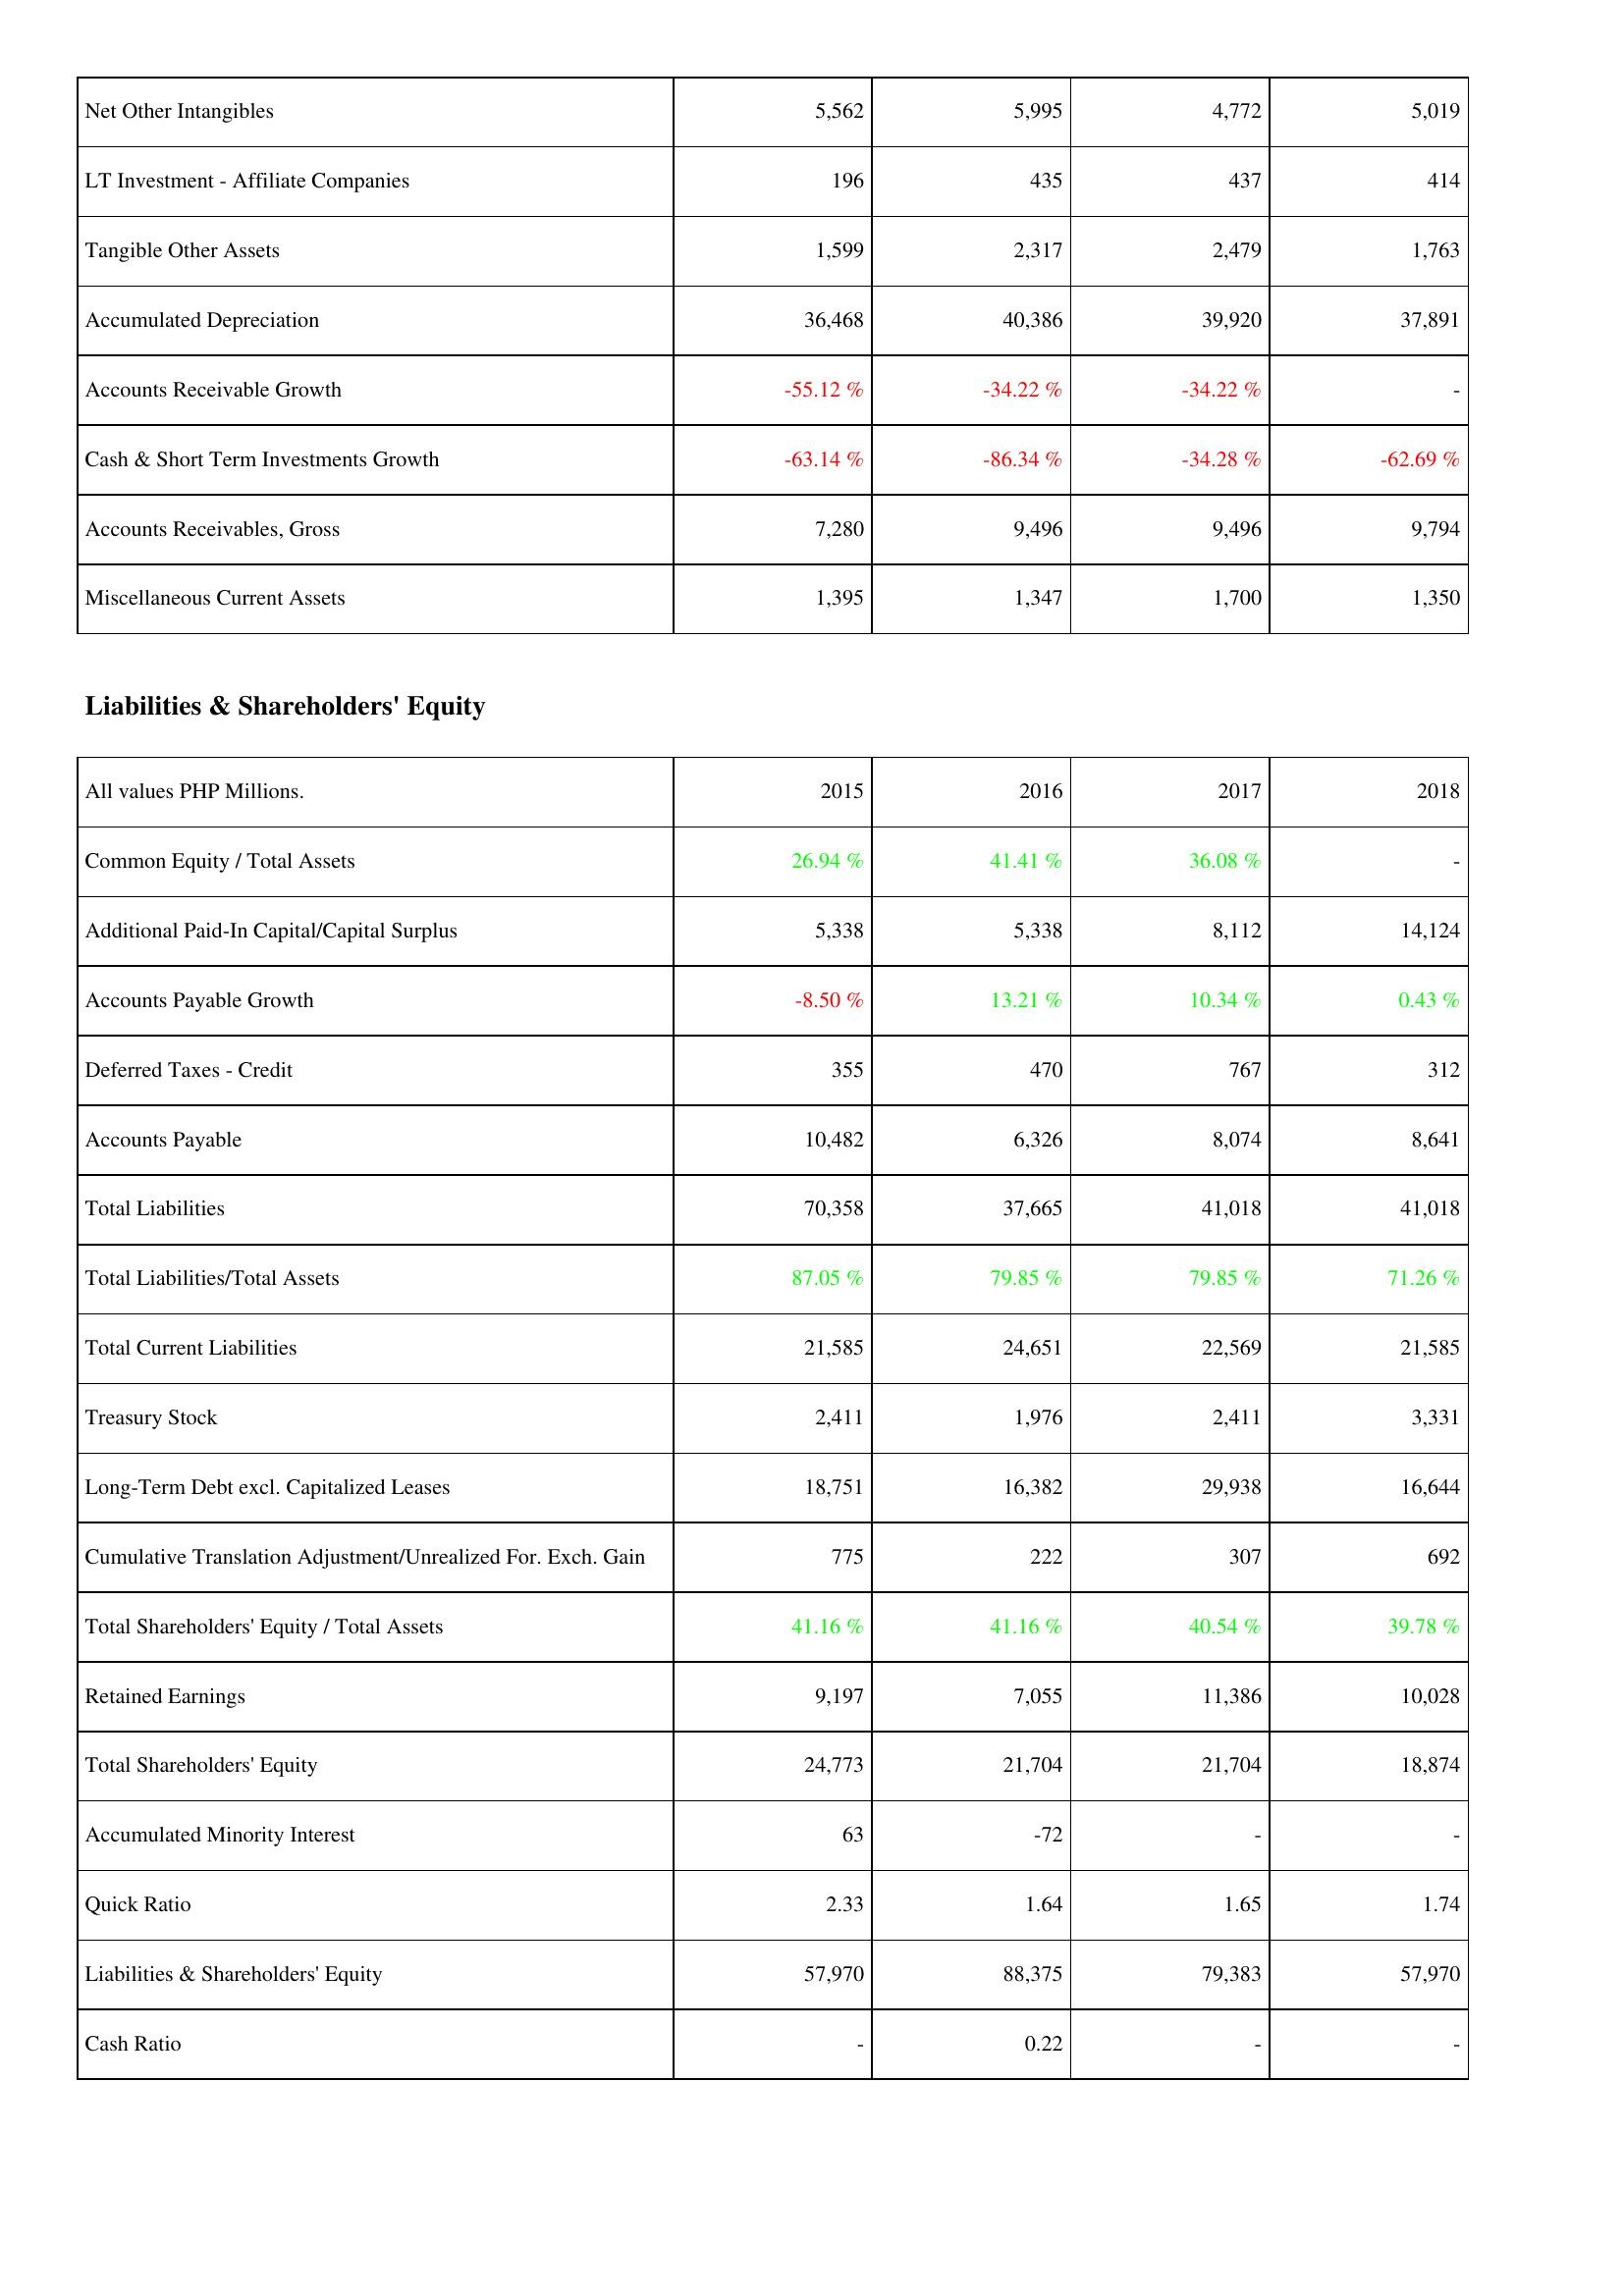
2015: Assets: Net Other Intangibles: 5,562
LT Investment - Affiliate Companies: 196
Tangible Other Assets: 1,599
Accumulated Depreciation: 36,468
Accounts Receivable Growth: -55.12 %
Cash & Short Term Investments Growth: -63.14 %
Accounts Receivables, Gross: 7,280
Miscellaneous Current Assets: 1,395
Liabilities & Shareholders' Equity: Common Equity / Total Assets: 26.94 %
Additional Paid-In Capital/Capital Surplus: 5,338
Accounts Payable Growth: -8.50 %
Deferred Taxes - Credit: 355
Accounts Payable: 10,482
Total Liabilities: 70,358
Total Liabilities/Total Assets: 87.05 %
Total Current Liabilities: 21,585
Treasury Stock: 2,411
Long-Term Debt excl. Capitalized Leases: 18,751
Cumulative Translation Adjustment/Unrealized For. Exch. Gain: 775
Total Shareholders' Equity / Total Assets: 41.16 %
Retained Earnings: 9,197
Total Shareholders' Equity: 24,773
Accumulated Minority Interest: 63
Quick Ratio: 2.33
Liabilities & Shareholders' Equity: 57,970
Cash Ratio: -
2016: Assets: Net Other Intangibles: 5,995
LT Investment - Affiliate Companies: 435
Tangible Other Assets: 2,317
Accumulated Depreciation: 40,386
Accounts Receivable Growth: -34.22 %
Cash & Short Term Investments Growth: -86.34 %
Accounts Receivables, Gross: 9,496
Miscellaneous Current Assets: 1,347
Liabilities & Shareholders' Equity: Common Equity / Total Assets: 41.41 %
Additional Paid-In Capital/Capital Surplus: 5,338
Accounts Payable Growth: 13.21 %
Deferred Taxes - Credit: 470
Accounts Payable: 6,326
Total Liabilities: 37,665
Total Liabilities/Total Assets: 79.85 %
Total Current Liabilities: 24,651
Treasury Stock: 1,976
Long-Term Debt excl. Capitalized Leases: 16,382
Cumulative Translation Adjustment/Unrealized For. Exch. Gain: 222
Total Shareholders' Equity / Total Assets: 41.16 %
Retained Earnings: 7,055
Total Shareholders' Equity: 21,704
Accumulated Minority Interest: -72
Quick Ratio: 1.64
Liabilities & Shareholders' Equity: 88,375
Cash Ratio: 0.22
2017: Assets: Net Other Intangibles: 4,772
LT Investment - Affiliate Companies: 437
Tangible Other Assets: 2,479
Accumulated Depreciation: 39,920
Accounts Receivable Growth: -34.22 %
Cash & Short Term Investments Growth: -34.28 %
Accounts Receivables, Gross: 9,496
Miscellaneous Current Assets: 1,700
Liabilities & Shareholders' Equity: Common Equity / Total Assets: 36.08 %
Additional Paid-In Capital/Capital Surplus: 8,112
Accounts Payable Growth: 10.34 %
Deferred Taxes - Credit: 767
Accounts Payable: 8,074
Total Liabilities: 41,018
Total Liabilities/Total Assets: 79.85 %
Total Current Liabilities: 22,569
Treasury Stock: 2,411
Long-Term Debt excl. Capitalized Leases: 29,938
Cumulative Translation Adjustment/Unrealized For. Exch. Gain: 307
Total Shareholders' Equity / Total Assets: 40.54 %
Retained Earnings: 11,386
Total Shareholders' Equity: 21,704
Accumulated Minority Interest: -
Quick Ratio: 1.65
Liabilities & Shareholders' Equity: 79,383
Cash Ratio: -
2018: Assets: Net Other Intangibles: 5,019
LT Investment - Affiliate Companies: 414
Tangible Other Assets: 1,763
Accumulated Depreciation: 37,891
Accounts Receivable Growth: -
Cash & Short Term Investments Growth: -62.69 %
Accounts Receivables, Gross: 9,794
Miscellaneous Current Assets: 1,350
Liabilities & Shareholders' Equity: Common Equity / Total Assets: -
Additional Paid-In Capital/Capital Surplus: 14,124
Accounts Payable Growth: 0.43 %
Deferred Taxes - Credit: 312
Accounts Payable: 8,641
Total Liabilities: 41,018
Total Liabilities/Total Assets: 71.26 %
Total Current Liabilities: 21,585
Treasury Stock: 3,331
Long-Term Debt excl. Capitalized Leases: 16,644
Cumulative Translation Adjustment/Unrealized For. Exch. Gain: 692
Total Shareholders' Equity / Total Assets: 39.78 %
Retained Earnings: 10,028
Total Shareholders' Equity: 18,874
Accumulated Minority Interest: -
Quick Ratio: 1.74
Liabilities & Shareholders' Equity: 57,970
Cash Ratio: -